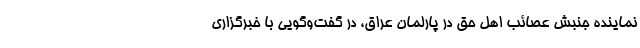
نماینده جنبش عصائب‌ اهل حق در پارلمان عراق، در گفت‌وگویی با خبرگزاری